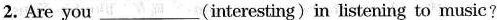
2. Are you ___ (interesting) in listening to music?